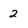
Character: 2